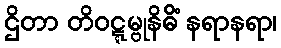
ဌိတာ တိဝဋ္ဋမ္ဗုနိဓိံ နရာနရာ၊